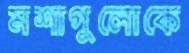
মশাগুলোকে